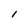
Character: l